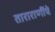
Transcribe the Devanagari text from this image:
ताराराणींचे